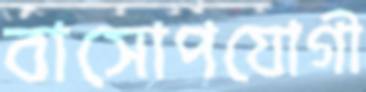
বাসোপযোগী